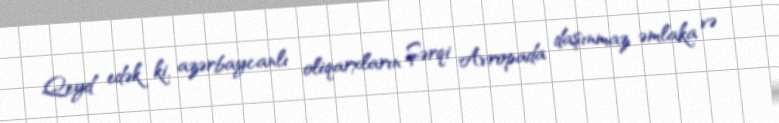
Qeyd edək ki, azərbaycanlı oliqarxların Şərqi Avropada daşınmaz əmlaka və